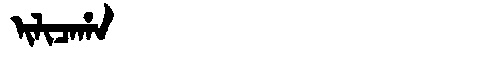
Manchu: ᡳᠯᡳᠴᠠᡥᠠ
Romanization: ILICAHA